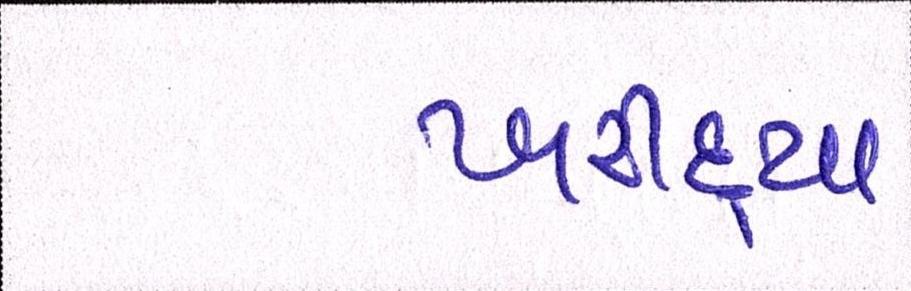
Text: ખરીદ્યા